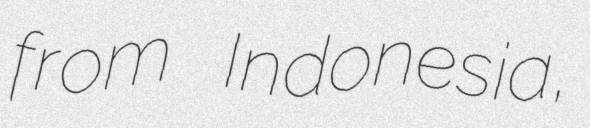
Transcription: from Indonesia,